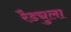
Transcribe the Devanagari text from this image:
रैड्युला